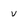
Character: v